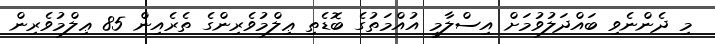
މި ދެންނެވި ބައްދަލުވުމަށް އިސްލާމީ އުއްމަތުގެ ބޮޑެތި ޢިލްމުވެރިންގެ ތެރެއިން 85 ޢިލްމުވެރިން